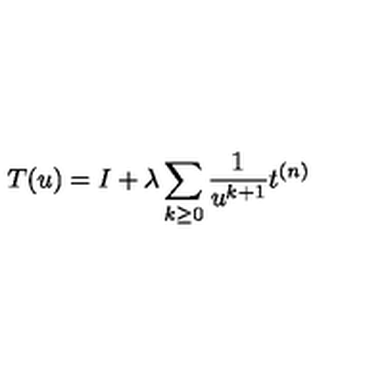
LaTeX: T ( u ) = I + \lambda \sum _ { k \geq 0 } \frac { 1 } { u ^ { k + 1 } } t ^ { ( n ) }